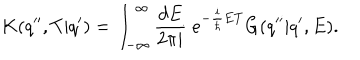
K ( q ^ { \prime \prime } , T | q ^ { \prime } ) = \int _ { - \infty } ^ { \infty } \frac { d E } { 2 \pi i } \; e ^ { - \frac { i } { \hbar } E T } G ( q ^ { \prime \prime } | q ^ { \prime } , E ) .